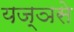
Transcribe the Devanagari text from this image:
यज्ञसे